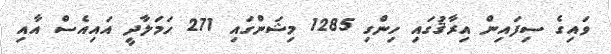
ވައިގެ ސިފައިން އިރާޤުގައި ހިންގި 1285 މިޝަންގައި 271 ހަމަލާދީ އައިއެސް އާއި